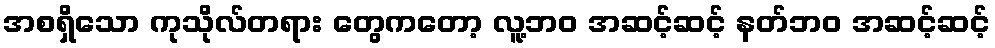
အစရှိသော ကုသိုလ်တရား တွေကတော့ လူ့ဘဝ အဆင့်ဆင့် နတ်ဘဝ အဆင့်ဆင့်